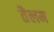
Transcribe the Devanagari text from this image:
तैलम